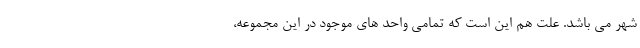
شهر می باشد. علت هم این است که تمامی واحد های موجود در این مجموعه،